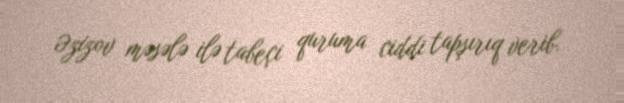
Əzizov məsələ ilə tabeçi quruma ciddi tapşırıq verib.